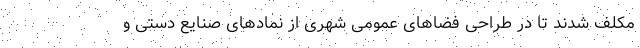
مکلف شدند تا در طراحی فضا‌های عمومی شهری از نماد‌های صنایع دستی و